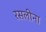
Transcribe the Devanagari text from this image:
रसलीना